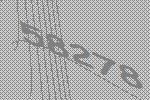
58278